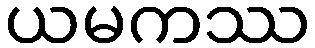
ယမကဿ